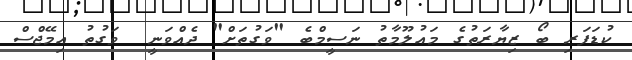
ކުޑަފަރި ބޯ ޒިޔާރަތުގެ މައުލޫމާތު ނަސީމްބެ "ވަގުތަށް" ދެއްވަނީ  ވަގުތު އިމޭޖްސް